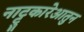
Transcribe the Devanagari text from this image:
नाट्टुकारेआतुन